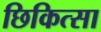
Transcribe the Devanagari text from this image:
छिकित्सा